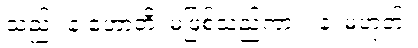
သည်။ န ဟောတိ၊ မဖြစ်သည်ကား။ န၊ မဟုတ်။